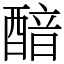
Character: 䤃